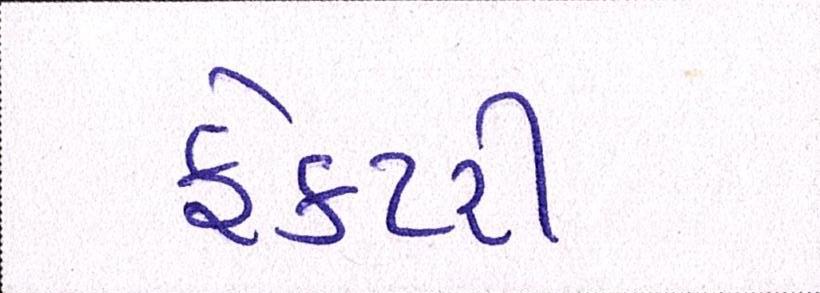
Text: ફેક્ટરી